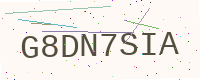
Text: G8DN7SIA